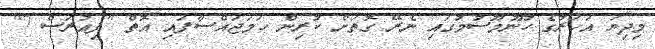
މިދިޔަ އަހަރުގެ ހޫނުމޫސުމުގައި ނެރޭ ގޮތަށް ކުރިން ހަމަޖައްސާފައި އޮތް "ފިއުރަސް 7"